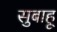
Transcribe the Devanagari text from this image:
सुबाहू